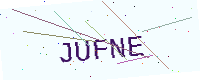
Text: JUFNE